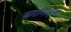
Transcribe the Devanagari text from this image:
बगागाहन